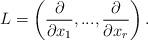
LaTeX: \begin{align*}L = \left( \frac{\partial}{\partial x_1},...,\frac{\partial}{\partial x_r} \right).\end{align*}